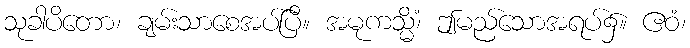
သုခါပိတော၊ ချမ်းသာစေအပ်ပြီ။ အမုကသ္မိံ၊ ဤမည်သောအရပ်၌။ ဧဝံ၊